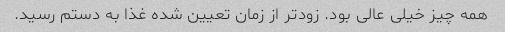
همه چیز خیلی عالی بود. زودتر از زمان تعیین شده غذا به دستم رسید.